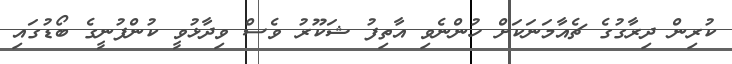
ކުރިން ދިރާގުގެ ޗެއާމަނަކަށް ހުންނެވި އާތިފު ޝަކޫރު ވެސް ވިދާޅުވީ ކުންފުނީގެ ބޯޑުގައި